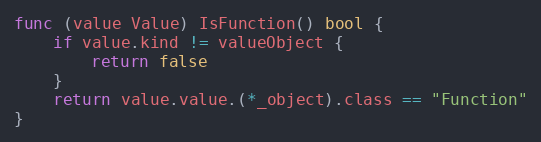
Language: Go
func (value Value) IsFunction() bool {
	if value.kind != valueObject {
		return false
	}
	return value.value.(*_object).class == "Function"
}